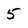
Character: 5